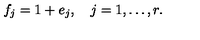
f _ { j } = 1 + e _ { j } , \quad j = 1 , \ldots , r .